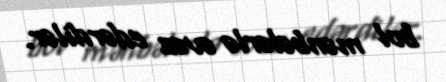
bol mənbələrlə əvəz edərdilər.